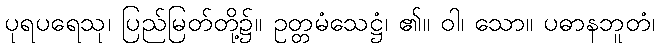
ပုရပရေသု၊ ပြည်မြတ်တို့၌။ ဥတ္တမံသေဋ္ဌံ၊ ၏။ ဝါ၊ သော။ ပဓာနဘူတံ၊